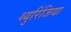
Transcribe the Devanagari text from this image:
थ्युरिंजिया